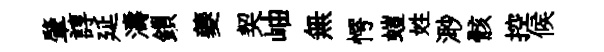
肇諄延濤鎻夔契岫無愕螘姓𣺌骸控候